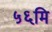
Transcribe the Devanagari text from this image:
५६मि